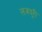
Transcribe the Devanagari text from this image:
लजदूरी